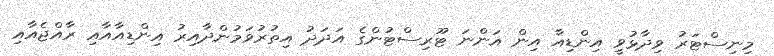
މިނިސްޓަރު ވިދާޅުވީ އިންޑިއާ އިން އަންނަ ޓޫރިސްޓުންގެ އަދަދު އިތުރުވަމުންދާއިރު އިންޑިއާއާއި ރާއްޖެއާއި